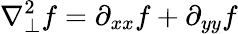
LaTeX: \nabla_{\perp}^{2}f=\partial_{xx}f+\partial_{yy}f